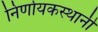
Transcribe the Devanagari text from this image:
निर्णायकस्थानी